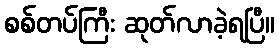
စစ်တပ်ကြီး ဆုတ်လာခဲ့ရပြီ။